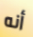
أنه